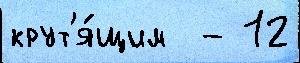
крут'я́щим  - 12